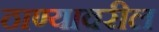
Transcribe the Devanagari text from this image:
ठाण्यावरील